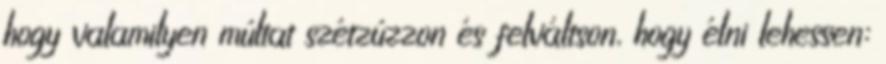
hogy valamilyen múltat szétzúzzon és felváltson, hogy élni lehessen: